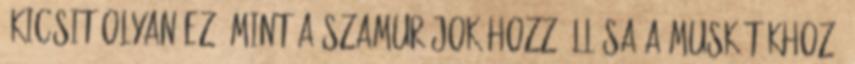
.kicsit olyan ez, mint a szamurájok hozzáállása a muskétákhoz.